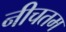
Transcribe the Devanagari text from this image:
नीचतम